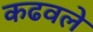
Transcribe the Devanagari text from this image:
कढवले